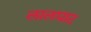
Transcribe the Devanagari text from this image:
लालघाट